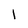
Character: 1